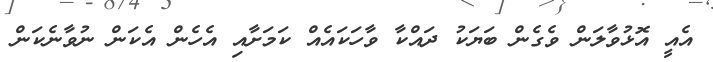
އެއީ އޮޅުވާލަން ވެގެން ބަޔަކު ދައްކާ ވާހަކައެއް ކަމަށާއި އެހެން އެކަން ނުވާނެކަން